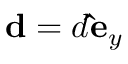
\mathbf { d } = d \mathbf { \hat { e } } _ { y }